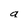
Character: a